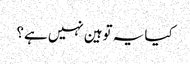
کیا یہ توہین نہیں ہے؟